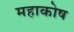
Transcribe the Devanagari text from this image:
महाकोष